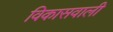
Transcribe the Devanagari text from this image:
विकासवाली